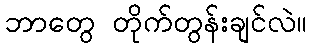
ဘာတွေ တိုက်တွန်းချင်လဲ။